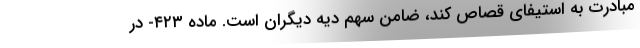
مبادرت به استیفای قصاص کند، ضامن سهم دیه دیگران است. ماده ۴۲۳- در